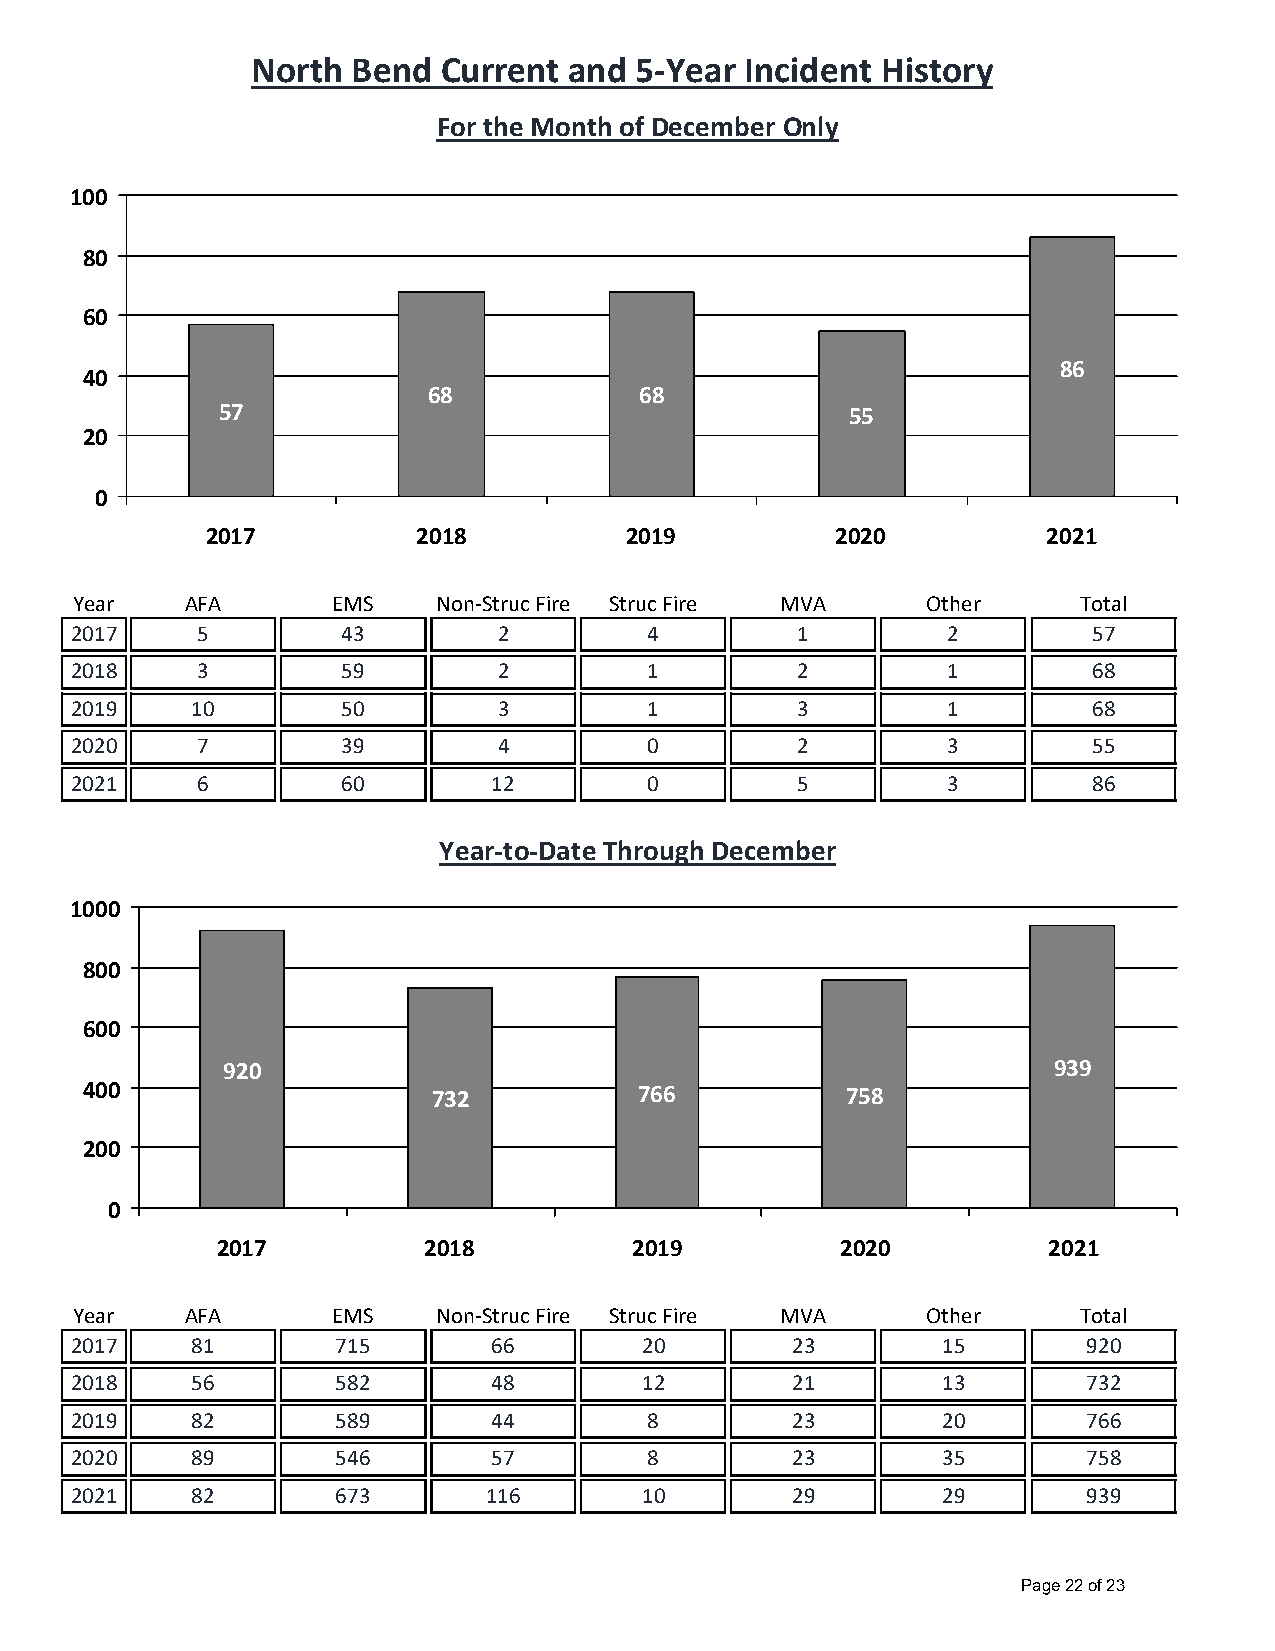
North Bend  Current  and 5‐Year Incident History
 For the Month of December Only
 100
 80
 60
 86
 40
 68            68
 57                                        55
 20
 0
 2017          2018         2019          2020          2021
 Year   AFA       EMS    Non‐Struc Fire Struc Fire MVA   Other     Total
 2017    5         43        2         4         1         2        57
 2018    3         59        2         1         2         1        68
 2019    10        50        3         1         3         1        68
 2020    7         39        4         0         2         3        55
 2021    6         60        12        0         5         3        86
 Year‐to‐Date Through December
 1000
 800
 600
 920                                                    939
 400                     732          766           758
 200
 0
 2017          2018          2019          2020         2021
 Year   AFA       EMS    Non‐Struc Fire Struc Fire MVA   Other     Total
 2017    81       715        66       20        23        15        920
 2018    56       582        48       12        21        13        732
 2019    82       589        44        8        23        20        766
 2020    89       546        57        8        23        35        758
 2021    82       673       116       10        29        29        939
 Page 22 of 23